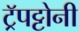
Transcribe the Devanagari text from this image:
ट्रॅपट्टोनी